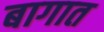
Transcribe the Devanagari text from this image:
बागात